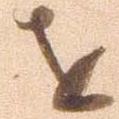
を